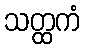
သတ္ထကံ